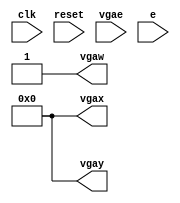
module printvga(input wire clk, reset, vgae,
                input wire [15:0] e,
                output wire [7:0] vgax, vgay,
                output wire vgaw);


  // reg [7:0] i,j;
  integer i;

  // always @(posedge clock, posedge reset)
  //   if (reset)
  //   begin
  //     i <= 8'b00000000;
  //     j <= 8'b00000000;
  //   end
  //   else if (vgae)
  //   begin
  //     j <= 8'b00000000;
  //   end
  // end

  //0

  initial begin
    for (i=0; i<10; i=i+1) begin
      i=i;
    end
  end



  assign vgax = 8'b00000000;
  assign vgay = 8'b00000000;
  assign vgaw = 1;

  // //1
  // assign vgax = 8'b00000000;
  // assign vgay = 8'b00000001;
  // assign vgaw = 1;

  // //2
  // assign vgax = 8'b00000000;
  // assign vgay = 8'b00000010;
  // assign vgaw = 1;

  // //3
  // assign vgax = 8'b00000001;
  // assign vgay = 8'b00000000;
  // assign vgaw = 1;

  // //4
  // assign vgax = 8'b00000001;
  // assign vgay = 8'b00000001;
  // assign vgaw = 0;

  // //5
  // assign vgax = 8'b00000001;
  // assign vgay = 8'b00000010;
  // assign vgaw = 1;

  // //6
  // assign vgax = 8'b00000010;
  // assign vgay = 8'b00000000;
  // assign vgaw = 1;

  // //7
  // assign vgax = 8'b00000010;
  // assign vgay = 8'b00000001;
  // assign vgaw = 0;

  // //8
  // assign vgax = 8'b00000010;
  // assign vgay = 8'b00000010;
  // assign vgaw = 1;

  // //9
  // assign vgax = 8'b00000011;
  // assign vgay = 8'b00000000;
  // assign vgaw = 1;

  // //10
  // assign vgax = 8'b00000011;
  // assign vgay = 8'b00000001;
  // assign vgaw = 0;

  // //11
  // assign vgax = 8'b00000011;
  // assign vgay = 8'b00000010;
  // assign vgaw = 1;

  // //12
  // assign vgax = 8'b00000100;
  // assign vgay = 8'b00000000;
  // assign vgaw = 1;

  // //13
  // assign vgax = 8'b00000100;
  // assign vgay = 8'b00000001;
  // assign vgaw = 1;

  // //14
  // assign vgax = 8'b00000100;
  // assign vgay = 8'b00000010;
  // assign vgaw = 1;


endmodule